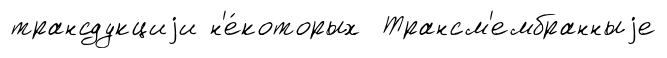
трансдукциjи н'е́которых Трансм'ембранныjе